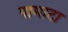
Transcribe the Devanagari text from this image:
पामाटा